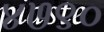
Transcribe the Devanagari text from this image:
४७९०